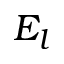
E _ { l }